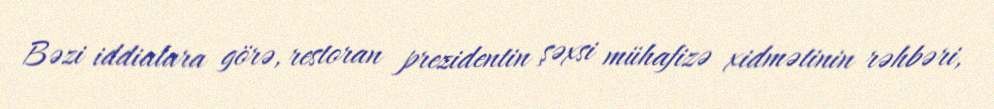
Bəzi iddialara görə, restoran prezidentin şəxsi mühafizə xidmətinin rəhbəri,